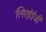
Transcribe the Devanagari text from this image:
लिएईईजी